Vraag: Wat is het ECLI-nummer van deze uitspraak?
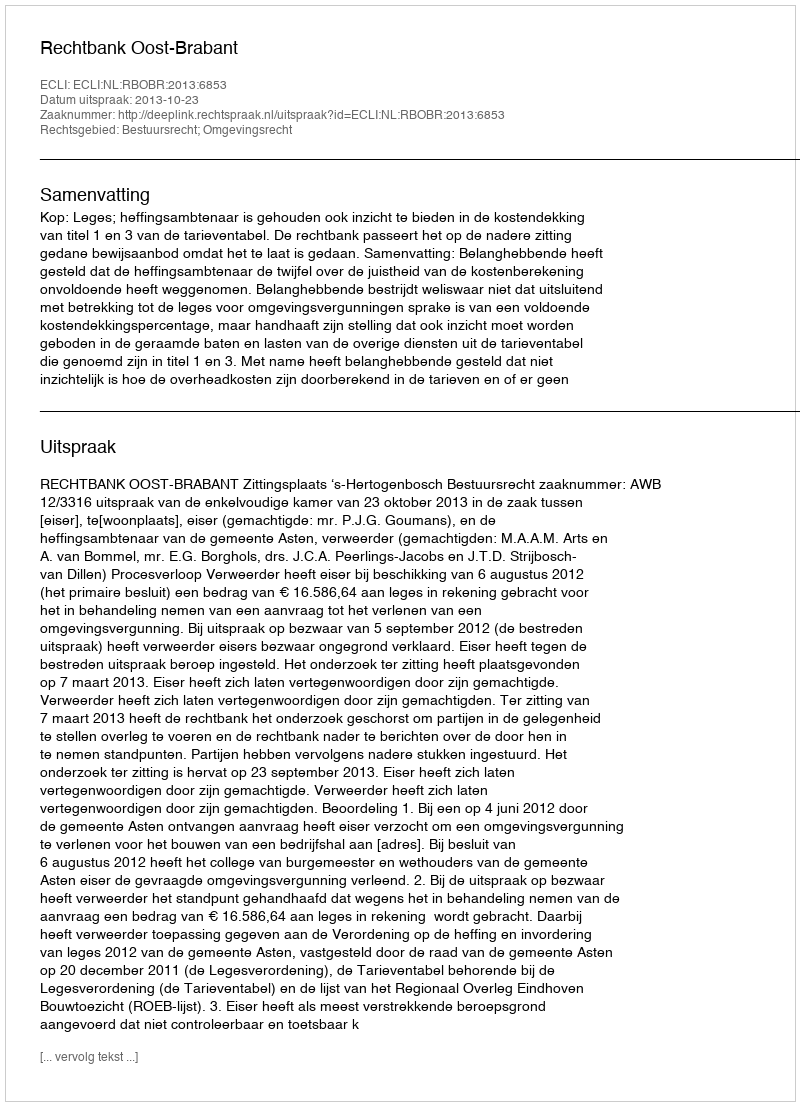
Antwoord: ECLI:NL:RBOBR:2013:6853